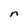
Character: n